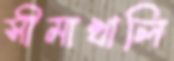
সীমাখালি